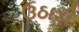
ઉઠાડી